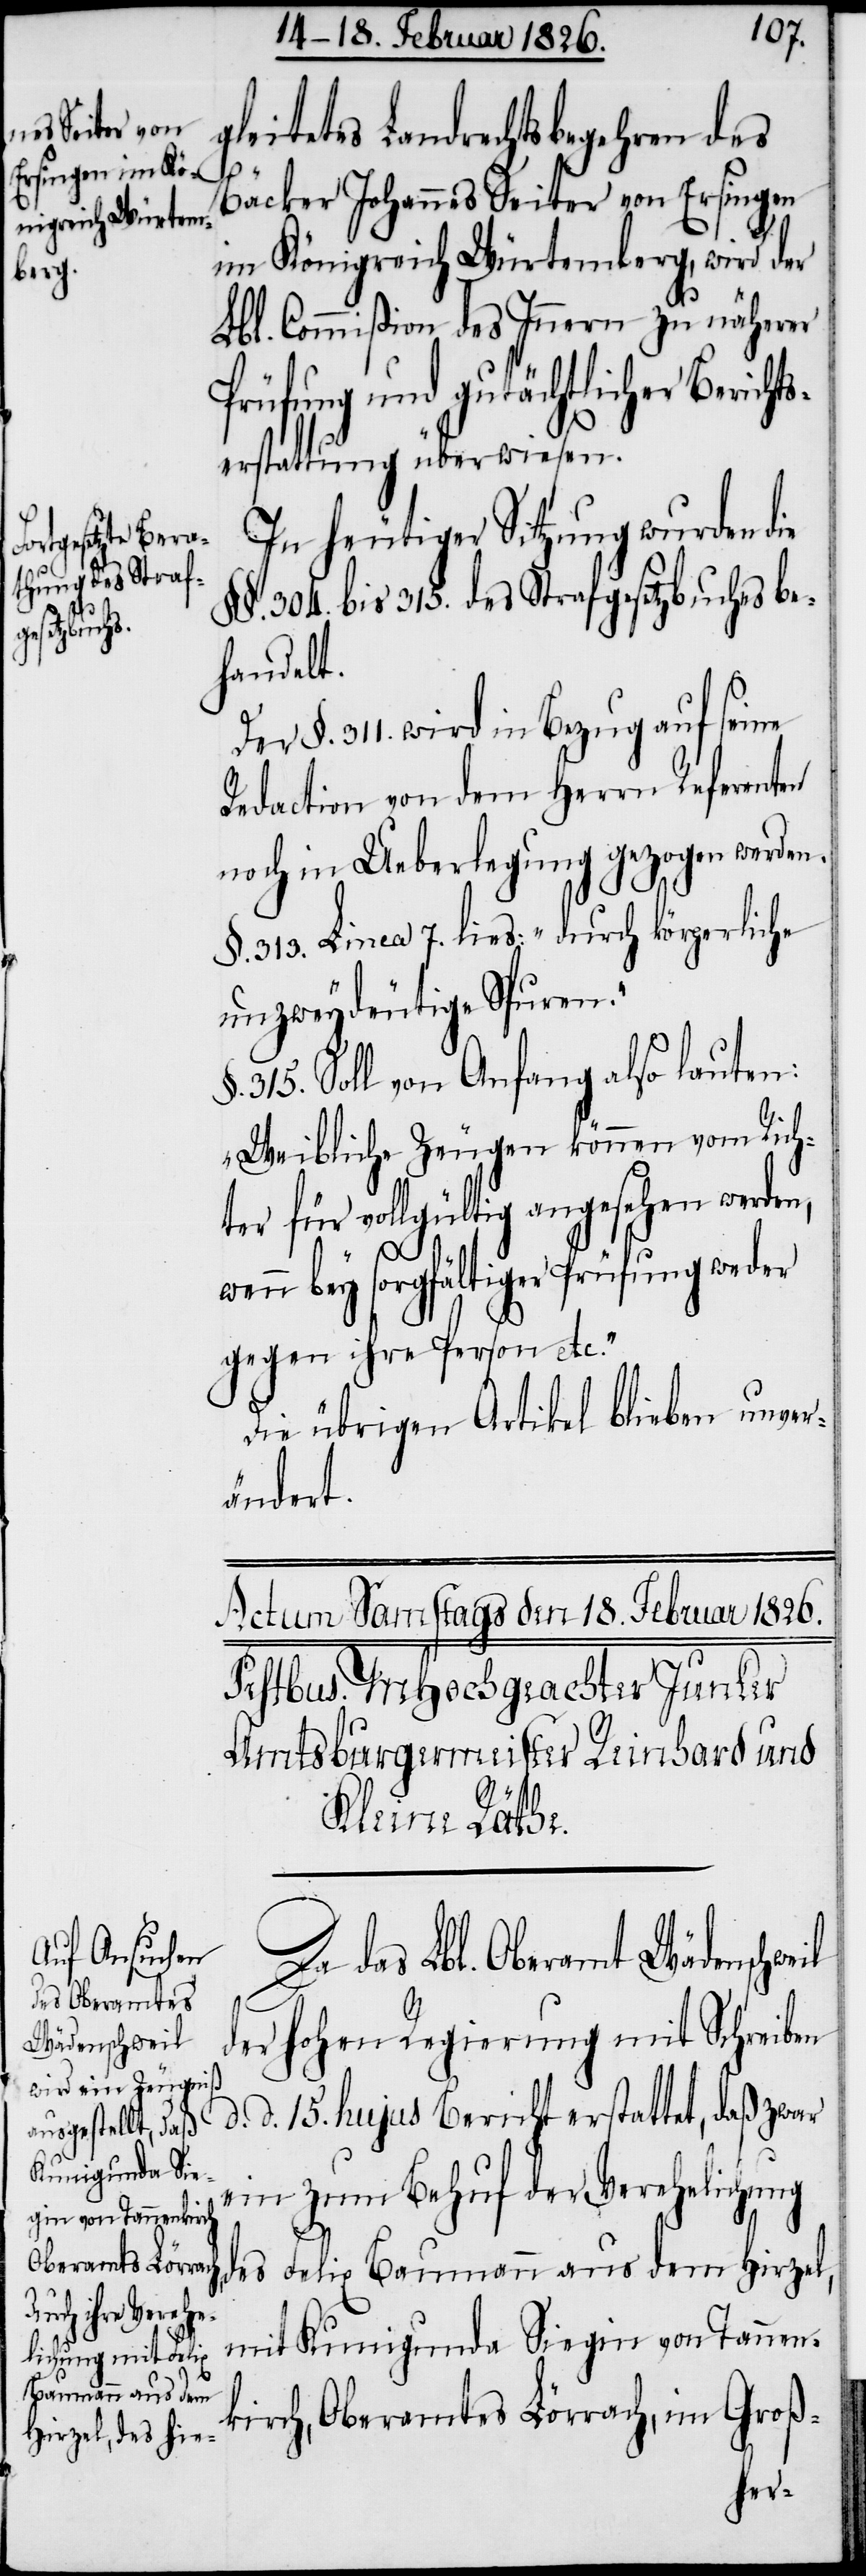
gleitetes Landrechtsbegehren des
Bäcker Johannes Seiter von Ersingen
im Königreich Würtemberg, wird der
Lbl. Commißion des Innern zu näherer
und gutächtlicher Beric¬
erstattung überwiesen.
In heutiger Sitzung wurden die
§§. 304. bis 315. des Strafgesetzbuches be¬
handelt.
Der §. 311. wird in Bezug auf seine
Redaction von dem Herrn Referenten
noch in Ueberlegung gezogen werden.
§. 313 Linea 7. lies: „durch körperliche
unzweydeutige Spuren.“
§. 315. Soll von Anfang also lauten:
„Weibliche Zeugen können vom Rich¬
ter für vollgültig angesehen werden,
il
wenn bey sorgfältiger Prüfung weder
gegen ihre Person etc.“
Die übrigen Artikel blieben unver¬
ändert.
Da das Lbl. Oberamt Wädenschwe¬
der hohen Regierung mit Schreiben
d. d. 15. hujus Bericht erstattet, daß zwar
ein zum Behuf der Verehelichung
Felix Baumann aus dem Hirzel,
des
mit Kunigunda Siegin von Tannen¬
kirch, Oberamtes Lörrach, im Groß-
hts¬